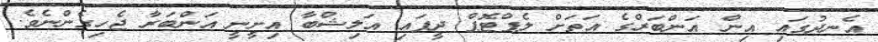
އެނދުގައި އިން އަންބަރްގެ އަތަށް ލެޕްޓޮޕް ދީފައި އަލިޝްބާ އިށީނީ އަންބަރާ ޖެހިގެންނެވެ.